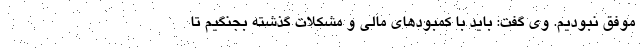
موفق نبودیم. وی گفت: باید با کمبودهای مالی و مشکلات گذشته بجنگیم تا